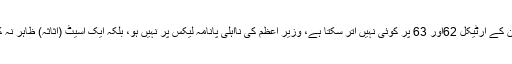
انہوں نے کہا کہ آئین کے ارٹیکل 62اور 63 پر کوئی نہیں اُتر سکتا ہے، وزیر اعظم کی نااہلی پانامہ لیکس پر نہیں ہو، بلکہ ایک اسیٹ (اثاثہ) ظاہر نہ کرنے پر ہوئی ہے ۔